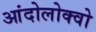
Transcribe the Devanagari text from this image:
आंदोलोक्वो